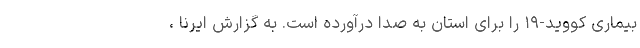
بیماری کووید-۱۹ را برای استان به صدا درآورده است. به گزارش ایرنا ،